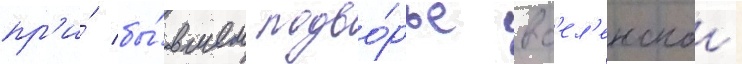
пр'и́ бы́вшем подво́рье вс'ел'енскои